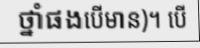
ថ្នាំផងបើមាន)។ បើ